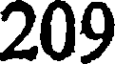
209